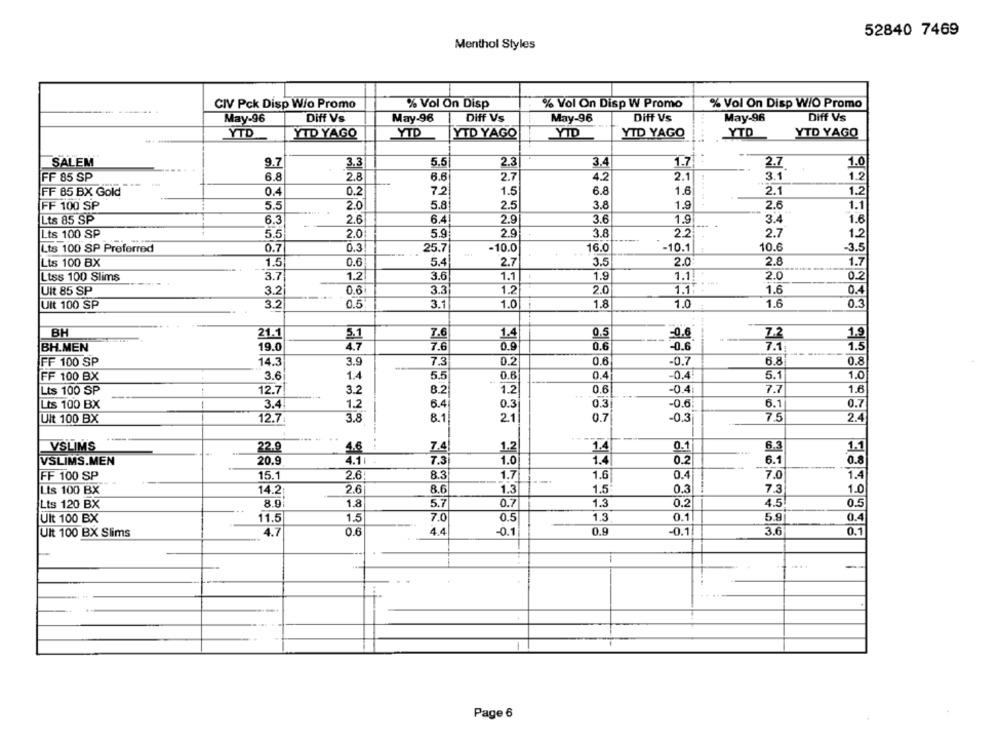
52840 7469
Menthol Styles
% Vol On Disp W Promo
% Vol On Disp W/O Promo
CIV Pck Disp Wio Promo
% Vol On Disp
May-96
Diff Vs
May-96
Diff Vs
May-96
Dift Vs
May-96
Diff Vs
YTD
YTD YAGO
YTD
YTD YAGO
YTD
YTD YAGO
YTD YAGO
YTD
SALEM
9.7
3.3
5.5
2.3
3.4
1.7
-
2.7
1.0
FF 85 SP
6.8
2.8
6.6
2.7
4.2
2.1
3.1
1.2
FF 85 BX Gold
0.4
0.2
7.2
1.5
6.8
1.6
2.1
1.2
FF 100 SP
5.5
2.0
5.8
2.5
3.8
1.9
2.6
1.1
Lts 85 SP
6.3
2.6
6.4
2.9
3.6
1.9
3.4
1.6
Lts 100 SP
5.5
2.0
5.9
2.9
3.8
2.2
2.7
1.2
Lts 100 SP Preferred
0.7
0.3
25.7
-10.0
16.0
-10.1
10.6
-3.5
Lts 100 BX
1.5
0.6
5.4
2.7
3.5
2.0
2.8
1.7
1.1
1.9
2.0
0.2
Ltss 100 Slims
3.7
1.2
3.6
1.1.
0.6
3.3
1.2
2.0
1.1:
1.6
Uit 85 SP
3.2
0.4
Ult 100 SP
0.5
3.1
1.0
1.8
1.0
1.6
0.3
3.2
BH
0.5
1.9
21.1
5.1
7.6
1.4
-0.0
Z.2
BH.MEN
19.0
4.7
7.6
0.9
0.6
-0.6
7.1
1.5
FF 100 SP
14.3
3.9
7.3
0.2
0.6
-0.7
6.8
0.8
FF 100 BX
3.6
1.4
5.5
0.8
0.4
-0.4
5.1
1.0
Lts 100 SP
!
12.7
3.2
8.2
1.2
0.6
-0.4i
7.7
1.6
Lts 100 BX
3.4
1.2
6.4
0.3
0.3
-0.6:
6.1
0.7
Ult 100 BX
12.7
3.8
8.1
2.1
0.7
-0.3
7.5
2.4
0.1
6.3
VSLIMS
22.9
4.6
7.4
1.2
1.4
1.1
20.9
4.11
7.3
1.0
1.4
0.2
6.1
0.8
VSLIMS.MEN
8.3
1.6
0.4
7.0
1.4
FF 100 SP
15.1
2.6
1.7
Lts 100 BX
2.6
8.6
1.3
1.5
0.3
7.3
1.0
14.2
Lts 120 BX
8.9.
1.8
5.7
0.7
1.3
0.2
4.5
0.5
Ult 100 BX
11.5
1.5
7.0
0.5
1.3
0.1
5.9
0.4
Ult 100 BX Slims
4.7
0.6
4.4
-0.1
0.9
-0.1
3.6
0.1
-
Page 6